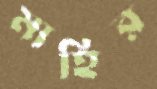
মাহির